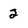
Character: 2